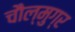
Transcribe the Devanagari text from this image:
चौल्मुग्र